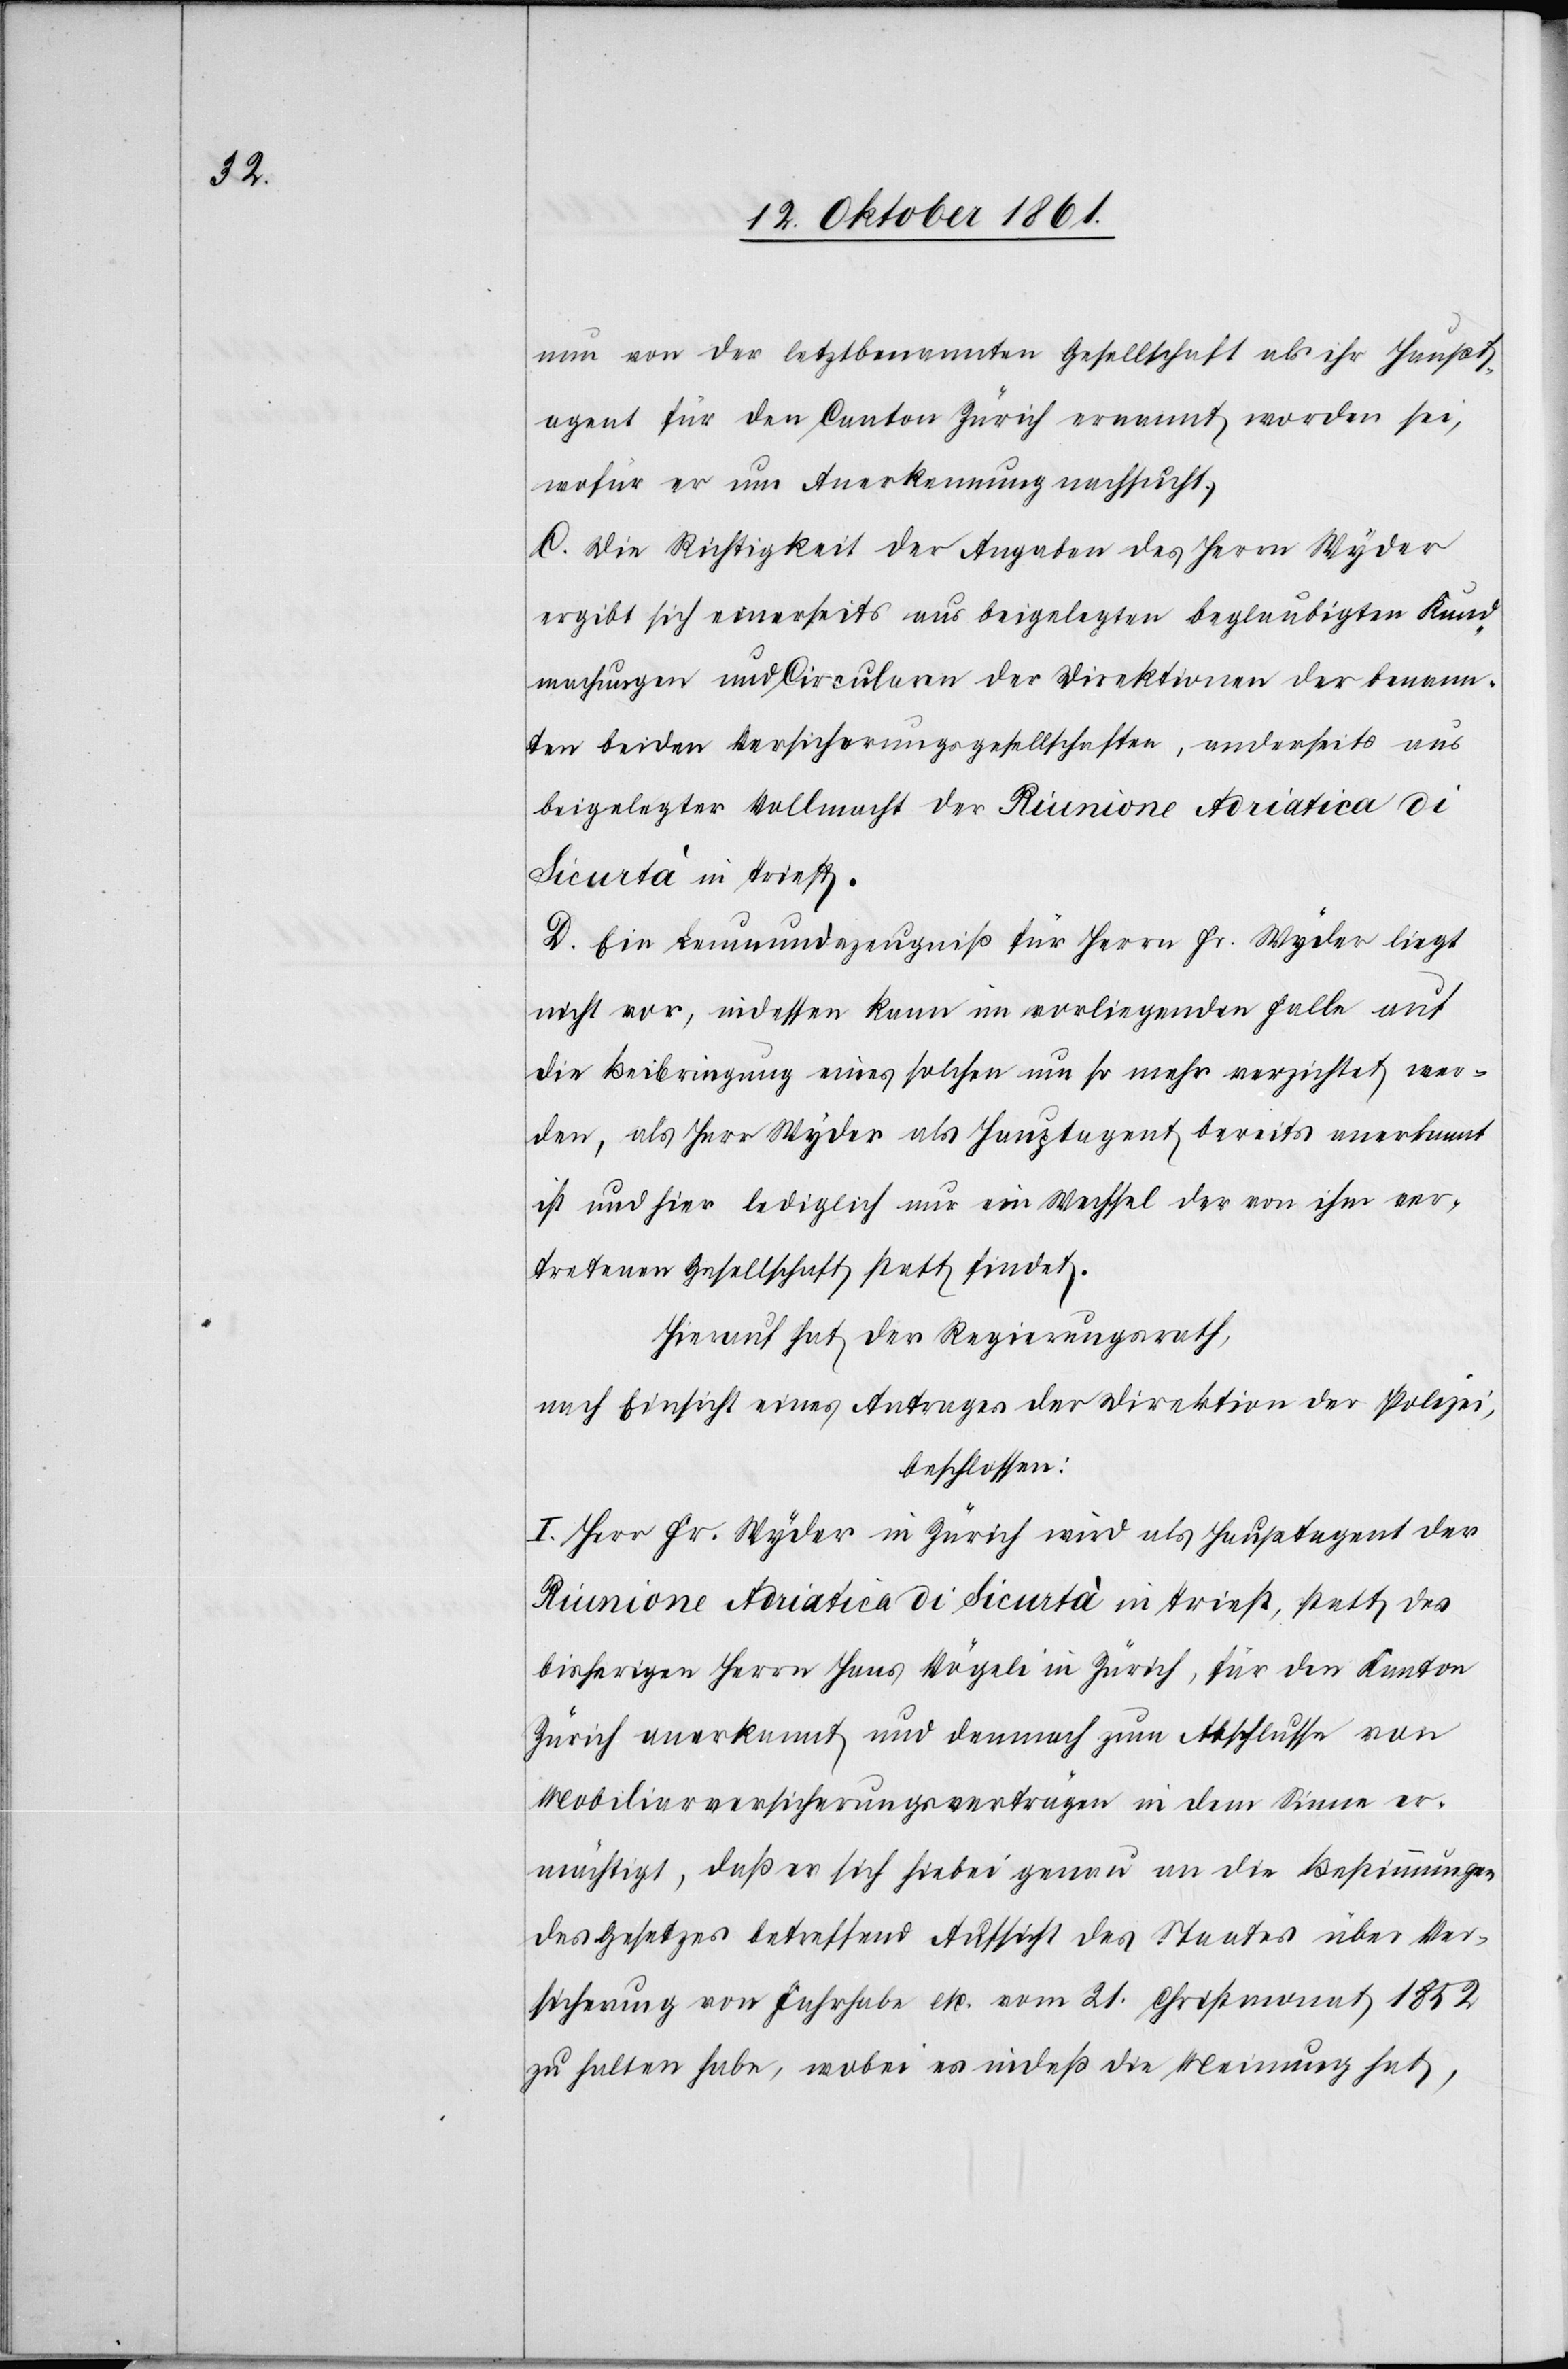
nun von der letztbenannten Gesellschaft als ihr Haupt¬
agent für den Canton Zürich ernannt worden sei,
wofür er um Anerkennung nachsucht.
C. Die Richtigkeit der Angaben des Herrn Wyder
ergibt sich einerseits aus beigelegten beglaubigten Kund¬
machungen und Circulare der Direktionen der benann¬
ten beiden Versicherungsgesellschaften, anderseits aus
beigelegter Vollmacht der Riunione Adriatica di
Licurtà in Triest.
D. Ein Leumundszeugniß für Herrn Fr. Wyder liegt
nicht vor, indessen kann im vorliegenden Falle auf
die Beibringung eines solchen um so mehr verzichtet wer¬
den, als Herr Wyder als Hauptagent bereits anerkannt
ist und hier lediglich nur ein Wechsel der von ihm ver¬
tretenen Gesellschaft statt findet.
Hierauf hat der Regierungsrath,
nach Einsicht eines Antrages der Direktion der Polizei,
beschlossen:
I. Herr Fr. Wyder in Zürich wird als Hauptagent der
Riunione Adriatica di Licurtà in Triest, statt des
bisherigen Herrn Hans Nägeli in Zürich, für den Kanton
Zürich anerkannt und demnach zum Abschlusse von
Mobiliarversicherungsverträgen in dem Sinne er¬
mächtigt, daß er sich hiebei genau an die Bestimmungen
des Gesetzes betreffend Aussicht des Staates über Ver¬
sicherung von Fahrhabe etc. vom 21 Christmonat 1852
zu halten habe, wobei es indeß die Meinung hat,